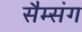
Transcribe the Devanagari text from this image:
सैम्संग